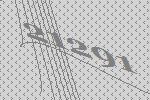
21291